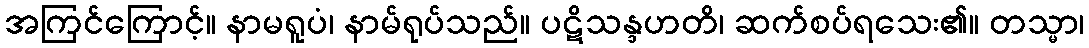
အကြင်ကြောင့်။ နာမရူပံ၊ နာမ်ရုပ်သည်။ ပဋိသန္ဒဟတိ၊ ဆက်စပ်ရသေး၏။ တသ္မာ၊